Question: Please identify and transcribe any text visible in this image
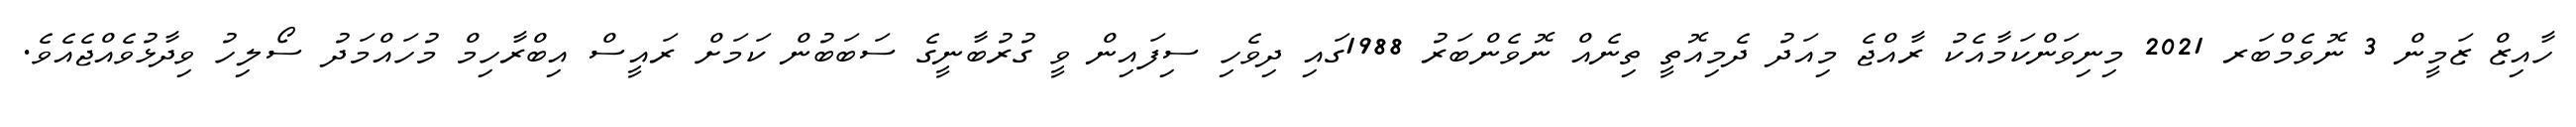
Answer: ހާއިޒް ޒަމީން 3 ނޮވެމްބަރ 2021 މިނިވަންކަމާއެކު ރާއްޖެ މިއަދު ދެމިއޮތީ ތިނެއް ނޮވެންބަރު 1988ގައި ދިވެހި ސިފައިން ވީ ގުރުބާނީގެ ސަބަބުން ކަމަށް ރައީސް އިބްރާހިމް މުހައްމަދު ސޯލިހު ވިދާޅުވެއްޖެއެވެ.